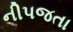
નીપજતા